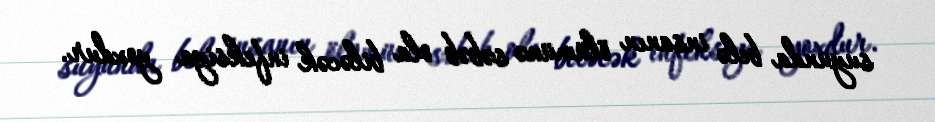
suyunda belə insanın ölümünə səbəb ola biləcək infeksiya yoxdur.